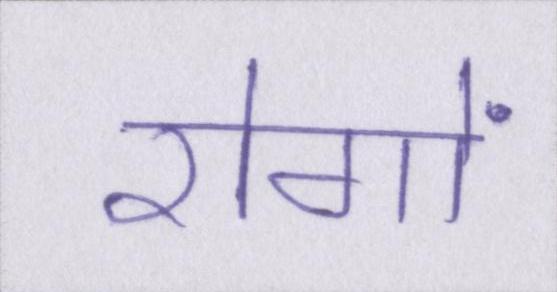
रोगों